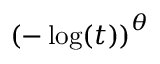
\left( - \log ( t ) \right) ^ { \theta }